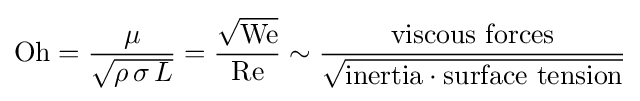
\mathrm {Oh} ={\frac {\mu }{\sqrt {\rho \,\sigma \,L}}}={\frac {\sqrt {\mathrm {We} }}{\mathrm {Re} }}\sim {\frac {\mbox{viscous forces}}{\sqrt {{\mbox{inertia}}\cdot {\mbox{surface tension}}}}}